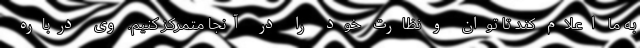
به ما اعلام کند تا توان و نظارت خود را در آنجا متمرکز کنیم. وی درباره